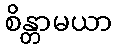
စိန္တာမယာ